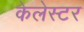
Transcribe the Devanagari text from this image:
केलेस्टर